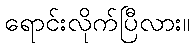
ရောင်းလိုက်ပြီလား။